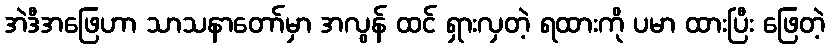
အဲဒီအဖြေဟာ သာသနာတော်မှာ အလွန် ထင် ရှားလှတဲ့ ရထားကို ပမာ ထားပြီး ဖြေတဲ့